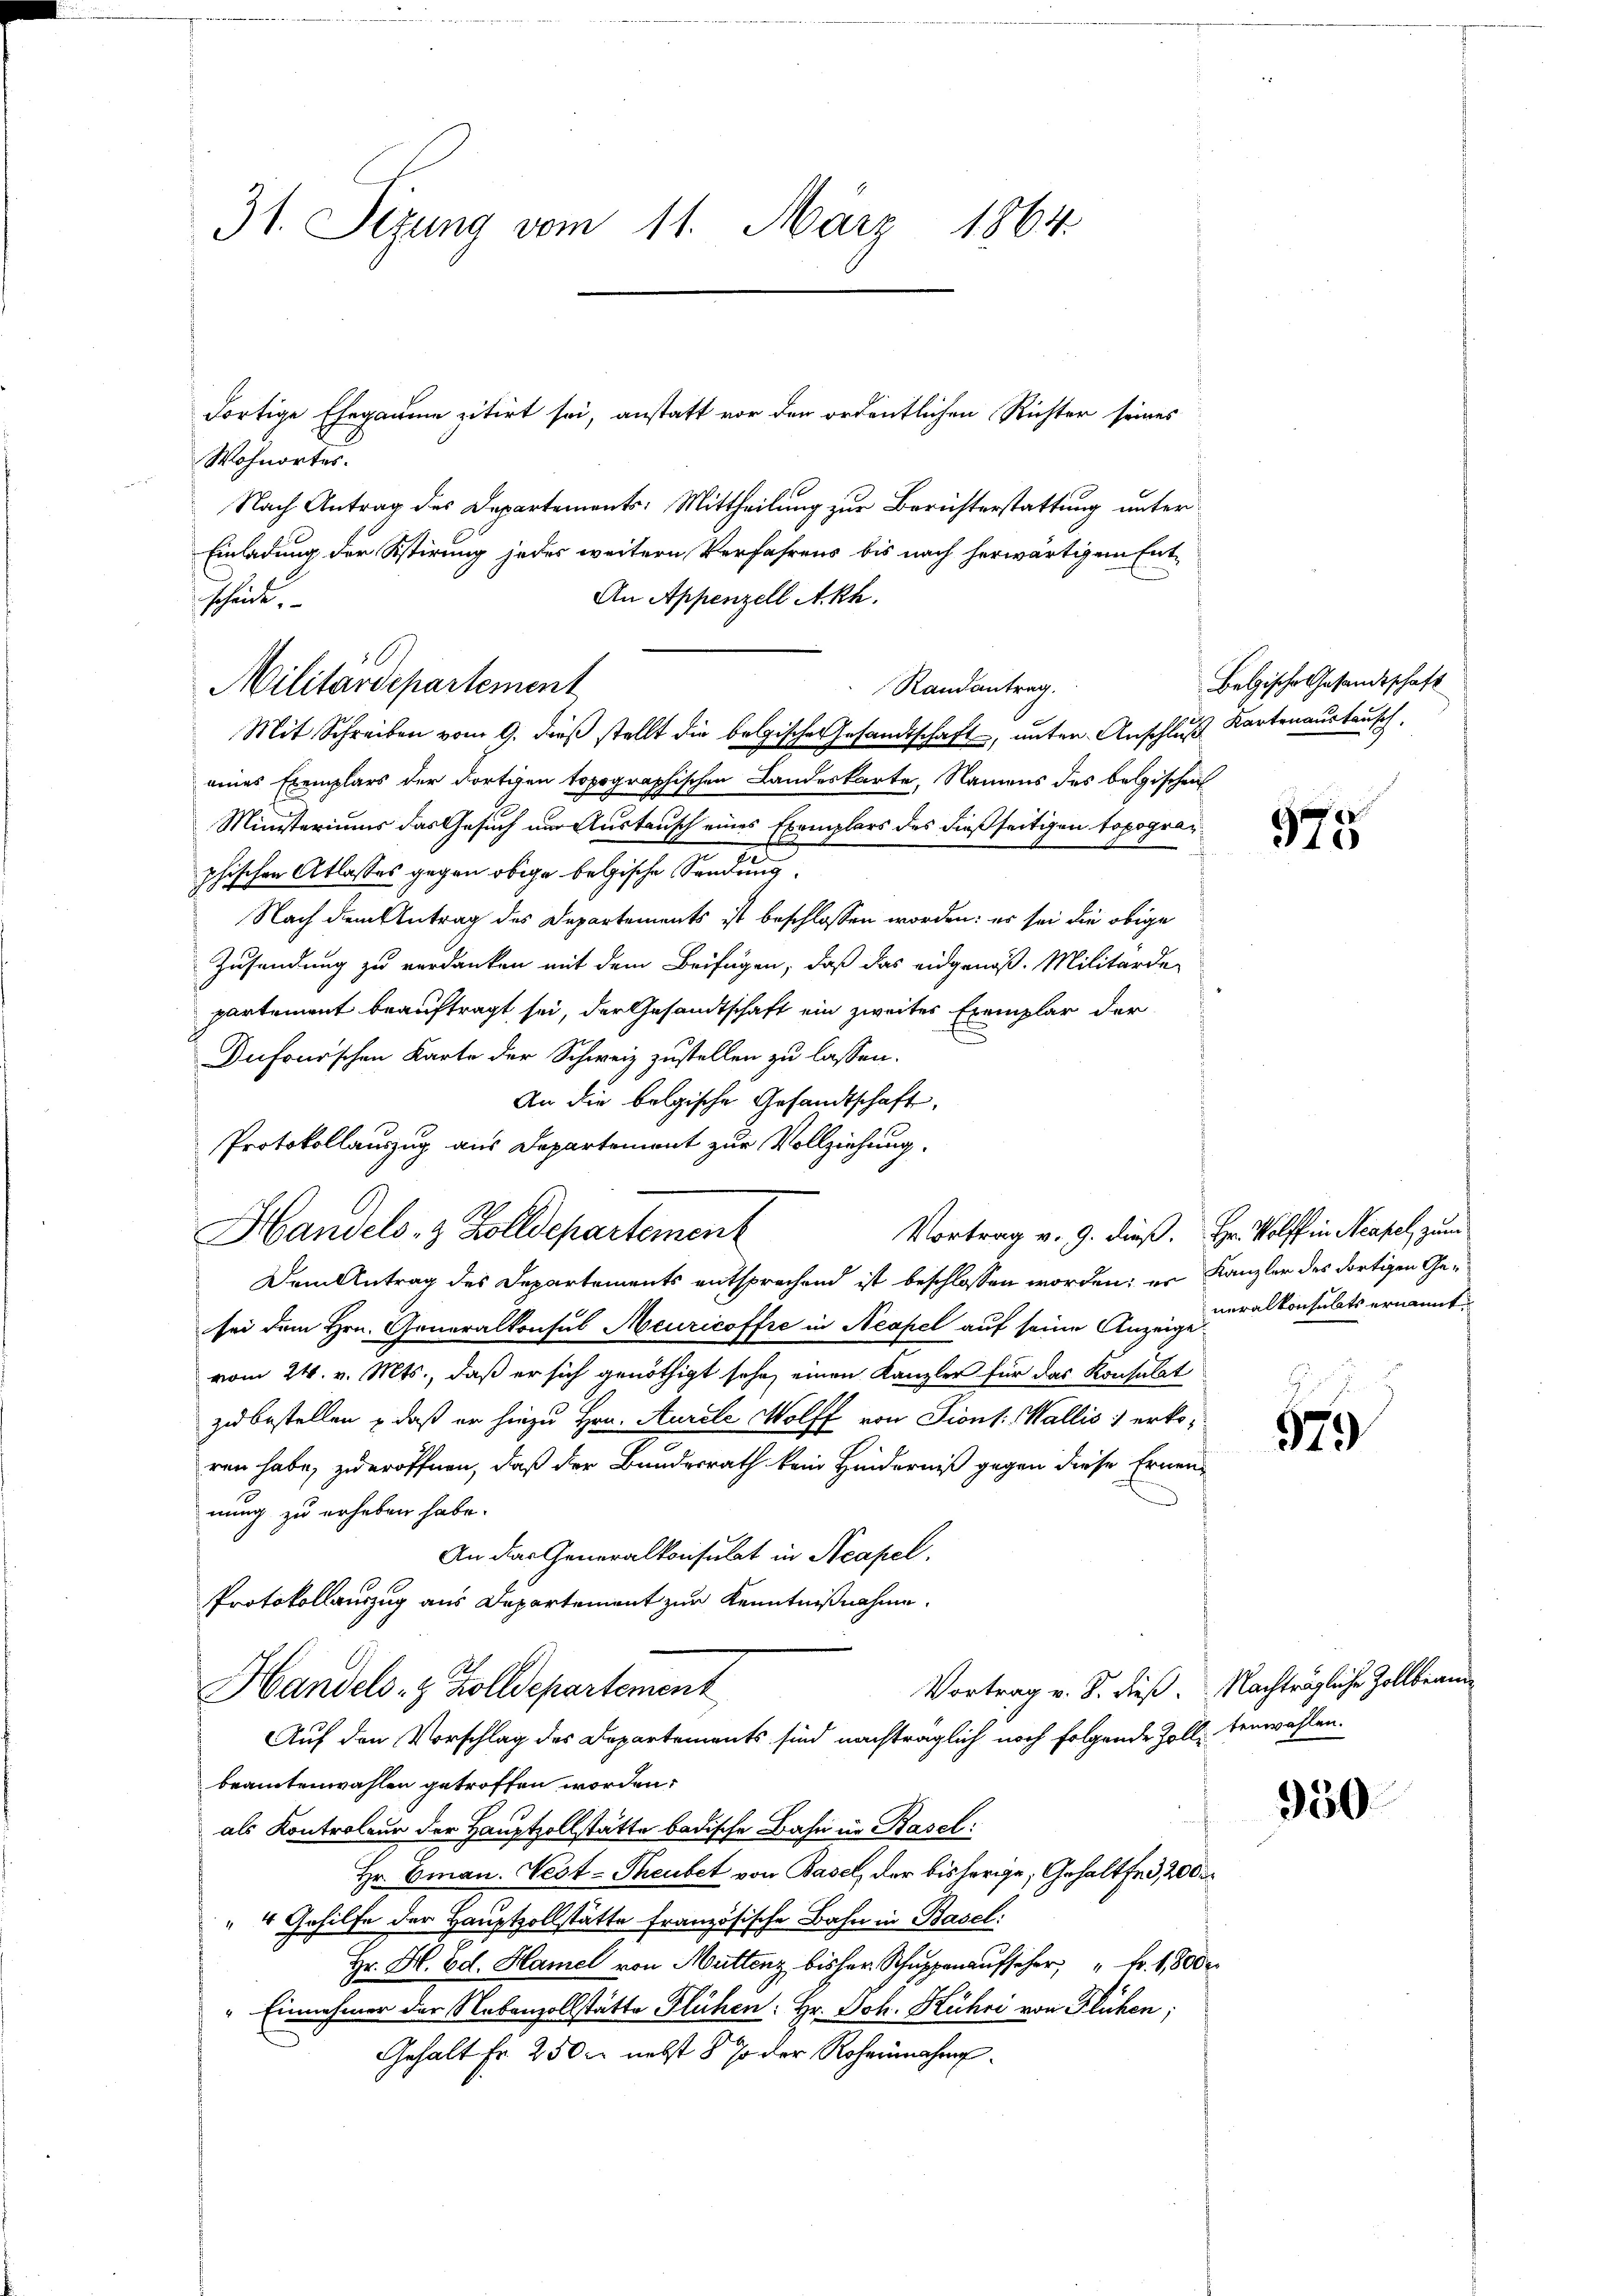
31. Sizung vom 11. März 1864.

Fortige Ehegaume zitirt sei, anstatt vor den ordentlichen Richter seines
Wohnortes.

Nach Antrag des Departements: Mittheilung zur Berichterstattung unter¬
Einladung der Stirung jedes weitern Verfahrens bis nach herwärtigem Ent¬
Mit Schreiben vom 9. dieß stellt die belgische Gesandtschaft, unter Anschluß Kartenaustausch
eines Exemplars der dortigen topographischen Landeskarte, Namens des belgischen
Ministeriums das Gesuch um Austausch eines Exemplars des dießseitigen topogranphischen Atlasses gegen obige belgische Sendung.
Nach dem Antrag des Departements ist beschlossen worden: es sei die obige
Zusendung zu verdanken mit dem Beifügen, daß das eidgenoß. Militärde-
partement beauftragt, sei, der Gesandtschaft ein zweites Exemplar der
Dufourischen Karte der Schweiz zustellen zu lassen.
An die belgische Gesandtschaft,
Protokollauszug aus Departement zur Vollziehung.
Handels- & Zolldepartement
Vortrag v. 9. dieß. Hr. Wolff in Neapel, zum
Dem Antrag des Departements entsprachend ist beschlossen worden; er
sei dem Hrn. Generalkonsul Meuricoffre in Neapel auf seine Anzeige
vom 24. v. Mts., daß er sich genöthigt sehe, einen Kanzler für das Konsulat
zu bestellen – daß er hinzu Hrn. Aurel Wolff von Piont: Wallis 1 erkoren habe, zu eröffnen, daß der Bundesrath kein Hinderniß gegen diese Ernen-
nung zu erheben habe.
An das Generalkonsulat in Neapel
Protokollauszug aus Departement zur Kenntnißnahme.
Handels- & Zolldepartement
Vortrag v. S. dieß.
Auf den Vorschlag des Departements sind nachträglich noch folgende Zolltenwahlen.
beamtenwahlen getroffen worden.
als Kontroleur der Hauptzollstätte badische Bahn in Basel:
Hr. Eman. Nest-Theubet von Basel, der bisherige, Gehalte, 200
" 4 Gehilfe der Hauptzollstätte französische Bahn in Basel:
Hr. H. Ed. Hamel von Muttenz bisher Schuppenaufseher " Fr. 1,800
" Einnehmer der Nebenzollstätte Flühen: Hr. Joh. Kühri von Flüchen;
Gehalt Fr. 250 nebst 5 so der Roheinahme

An Appenzell Akh.
schaut,
Militärdepartement

Randantrag.

Belgische Gesandtschaft

975

Kanzler des dortigen Generalkonsulats ernannt.

579

Nachträgliche Zollbrann

950